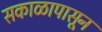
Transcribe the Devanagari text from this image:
सकाळापासून